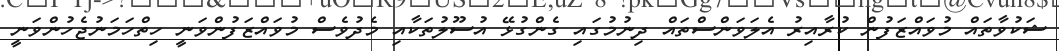
ޝަކުވާތައް މުވައްޒަފުން ކުރާއިރު އެލަވަންސްތައް ދިނުމުގައި ގެންގުޅޭ އުސޫލުތަކާއި މެދުވެސް މުވައްޒަފުންވަނީ ހިތްހަމަނުޖެހުންވަނީ